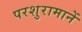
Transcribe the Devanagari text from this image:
परशुरामानें